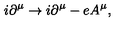
i \partial ^ { \mu } \rightarrow i \partial ^ { \mu } - e A ^ { \mu } ,